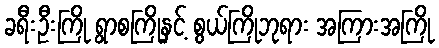
ခရီးဦးကြို ရွာစကြိုနှင့် စွယ်ကြိုဘုရား အကြားအကြို